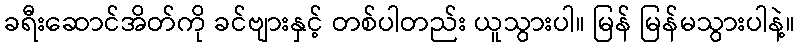
ခရီးဆောင်အိတ်ကို ခင်ဗျားနှင့် တစ်ပါတည်း ယူသွားပါ။ မြန် မြန်မသွားပါနဲ့။